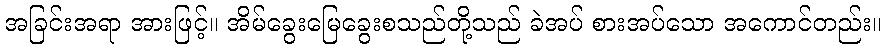
အခြင်းအရာ အားဖြင့်။ အိမ်ခွေးမြေခွေးစသည်တို့သည် ခဲအပ် စားအပ်သော အကောင်တည်း။